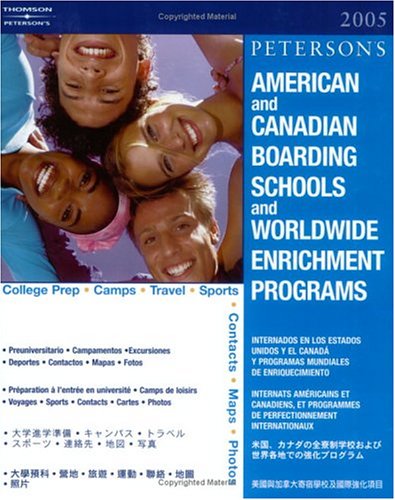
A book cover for American Canadian Board Sch 2005 (Peterson's American & Canadian Boarding Schools & Worldwide Enrichment Programs); Peterson's; Test Preparation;